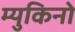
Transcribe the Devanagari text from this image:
म्युकिनो